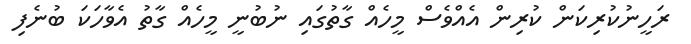
ރަހީނުކުރިކަން ކުރިން އެއްވެސް މީހެއް ގާތުގައި ނުބުނީ މީހެއް ގާތު އެވާހަކަ ބުނެފި